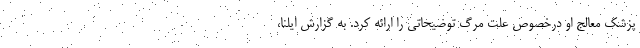
پزشک معالج او درخصوص علت مرگ توضیحاتی را ارائه کرد. به گزارش ایلنا،